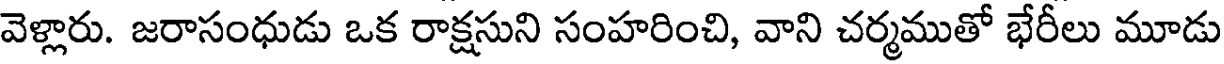
వెళ్లారు. జరాసంధుడు ఒక రాక్షసుని సంహరించి, వాని చర్మముతో భేరీలు మూడు